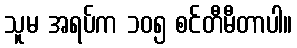
သူမ အရပ်က ၁၀၅ စင်တီမီတာပါ။